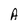
Character: A